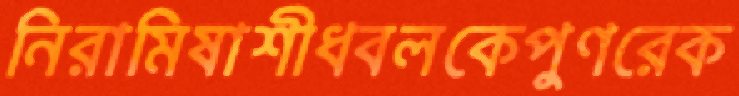
নিরামিষাশীধবলকেপুণরেক